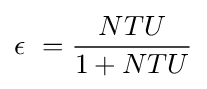
\epsilon \ ={\frac {NTU}{1+NTU}}